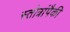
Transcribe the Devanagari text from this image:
स्तोत्रांपैकी